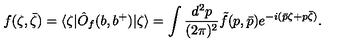
f ( \zeta , { \bar { \zeta } } ) = \langle \zeta | \hat { O } _ { f } ( b , b ^ { + } ) | \zeta \rangle = \int { \frac { d ^ { 2 } p } { ( 2 \pi ) ^ { 2 } } } \tilde { f } ( p , { \bar { p } } ) e ^ { - i ( \bar { p } \zeta + p \bar { \zeta } ) } .